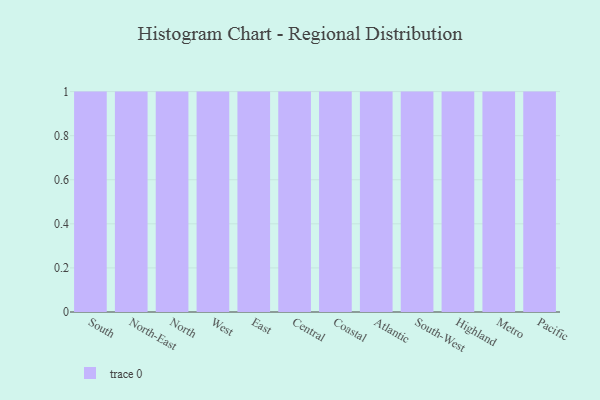
{"axis": {"x": "Region", "y": "Population (Million)"}, "legend": [""], "data": [{"x": "South", "y": 39, "type": ""}, {"x": "North-East", "y": 35, "type": ""}, {"x": "North", "y": 72, "type": ""}, {"x": "West", "y": 11, "type": ""}, {"x": "East", "y": 25, "type": ""}, {"x": "Central", "y": 7, "type": ""}, {"x": "Coastal", "y": 3, "type": ""}, {"x": "Atlantic", "y": 84, "type": ""}, {"x": "South-West", "y": 63, "type": ""}, {"x": "Highland", "y": 33, "type": ""}, {"x": "Metro", "y": 29, "type": ""}, {"x": "Pacific", "y": 64, "type": ""}]}